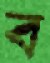
ব